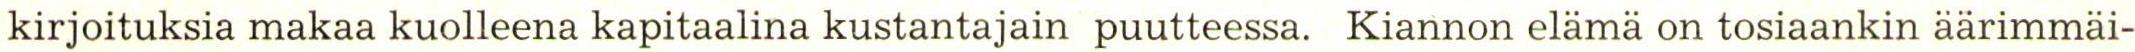
kirjoituksia makaa kuolleena kapitaalina kustantajain puutteessa. Kiannon elämä on tosiaankin äärimmäi-